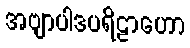
အဗျာပါဒပရိဠာဟော